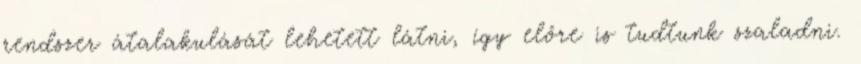
rendszer átalakulását lehetett látni, így előre is tudtunk szaladni.